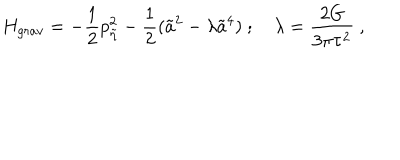
LaTeX: H _ { g r a v } = - { \frac { 1 } { 2 } } p _ { \tilde { \eta } } ^ { 2 } - { \frac { 1 } { 2 } } ( \tilde { a } ^ { 2 } - \lambda \tilde { a } ^ { 4 } ) \ ; \quad \lambda = { \frac { 2 G } { 3 \pi \tau ^ { 2 } } } \ ,